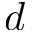
d